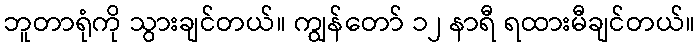
ဘူတာရုံကို သွားချင်တယ်။ ကျွန်တော် ၁၂ နာရီ ရထားမီချင်တယ်။